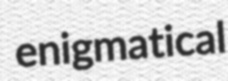
enigmatical